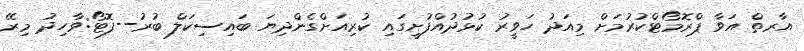
އާރތް އަވާ ޕްރޮމޯޓްކުރުމަށް މިއަދު ހަވީރު ކުޅުދުއްފުށީގައި ކުރިއަށްގެންދިޔަ ބައިސިކަލް ބުރު--ފޮޓޯ:ވާހިދު މިރޭ